Black-water fever - Number 35
Disease focus: Fever
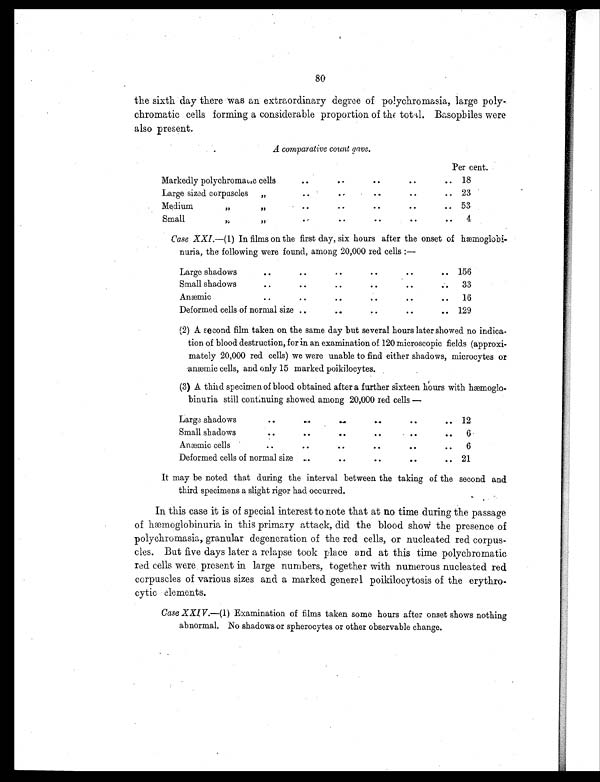
80
the sixth day there was an extraordinary degree of polychromasia, large poly-
chromatic cells forming a considerable proportion of the total. Basophiles were
also present.
A comparative count gave.
Per cent.
Markedly polychromatic cells
. .
. .
. .
. .
18
Large sized corpuscles
„
. .
. .
. .
. .
23
Medium
,, ,,
..
. .
..
..
53
Small
,,
,,
. .
. .
..
..
4
Case XXI. —(1) In films on the first day, six hours after the onset of hæmoglobi-
nuria, the following were found, among 20,000 red cells :—
Large shadows
..
. .
. .
. .
. .
156
Small shadows
..
. .
. .
. .
. .
33
Anæmic ..
. .
. .
. .
..
16
Deformed cells of normal size ..
..
. . ..
129
(2) A second film taken on the same day but several hours later showed no indica-
tion of blood destruction, for in an examination of 120 microscopic fields (approxi-
mately 20,000 red cells) we were unable to find either shadows, microcytes or
anæmic cells, and only 15 marked poikilocytes.
(3) A third specimen of blood obtained after a further sixteen hours with hæmoglo-
binuria still continuing showed among 20,000 red cells—
Large shadows
..
..
. .
..
. .
.. 12
Small shadows
..
..
..
. .
. .
. .
6
Anæmic cells .. ..
..
. .
. .
..
..
6
Deformed cells of normal size
..
..
..
. .
.. 21
It may be noted that during the interval between the taking of the second and
third specimens a slight rigor had occurred.
In this case it is of special interest to note that at no time during the passage
of hæmoglobinuria in this primary attack, did the blood show the presence of
polychromasia, granular degeneration of the red cells, or nucleated red corpus-
cles. But five days later a relapse took place and at this time polychromatic
red cells were present in large numbers, together with numerous nucleated red
corpuscles of various sizes and a marked general poikilocytosis of the erythro-
cytic elements.
Case XXIV.—(1) Examination of films taken some hours after onset shows nothing
abnormal. No shadows or spherocytes or other observable change.